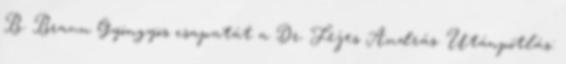
B. Braun Gyöngyös csapatát a Dr. Fejes András. Utánpótlás: